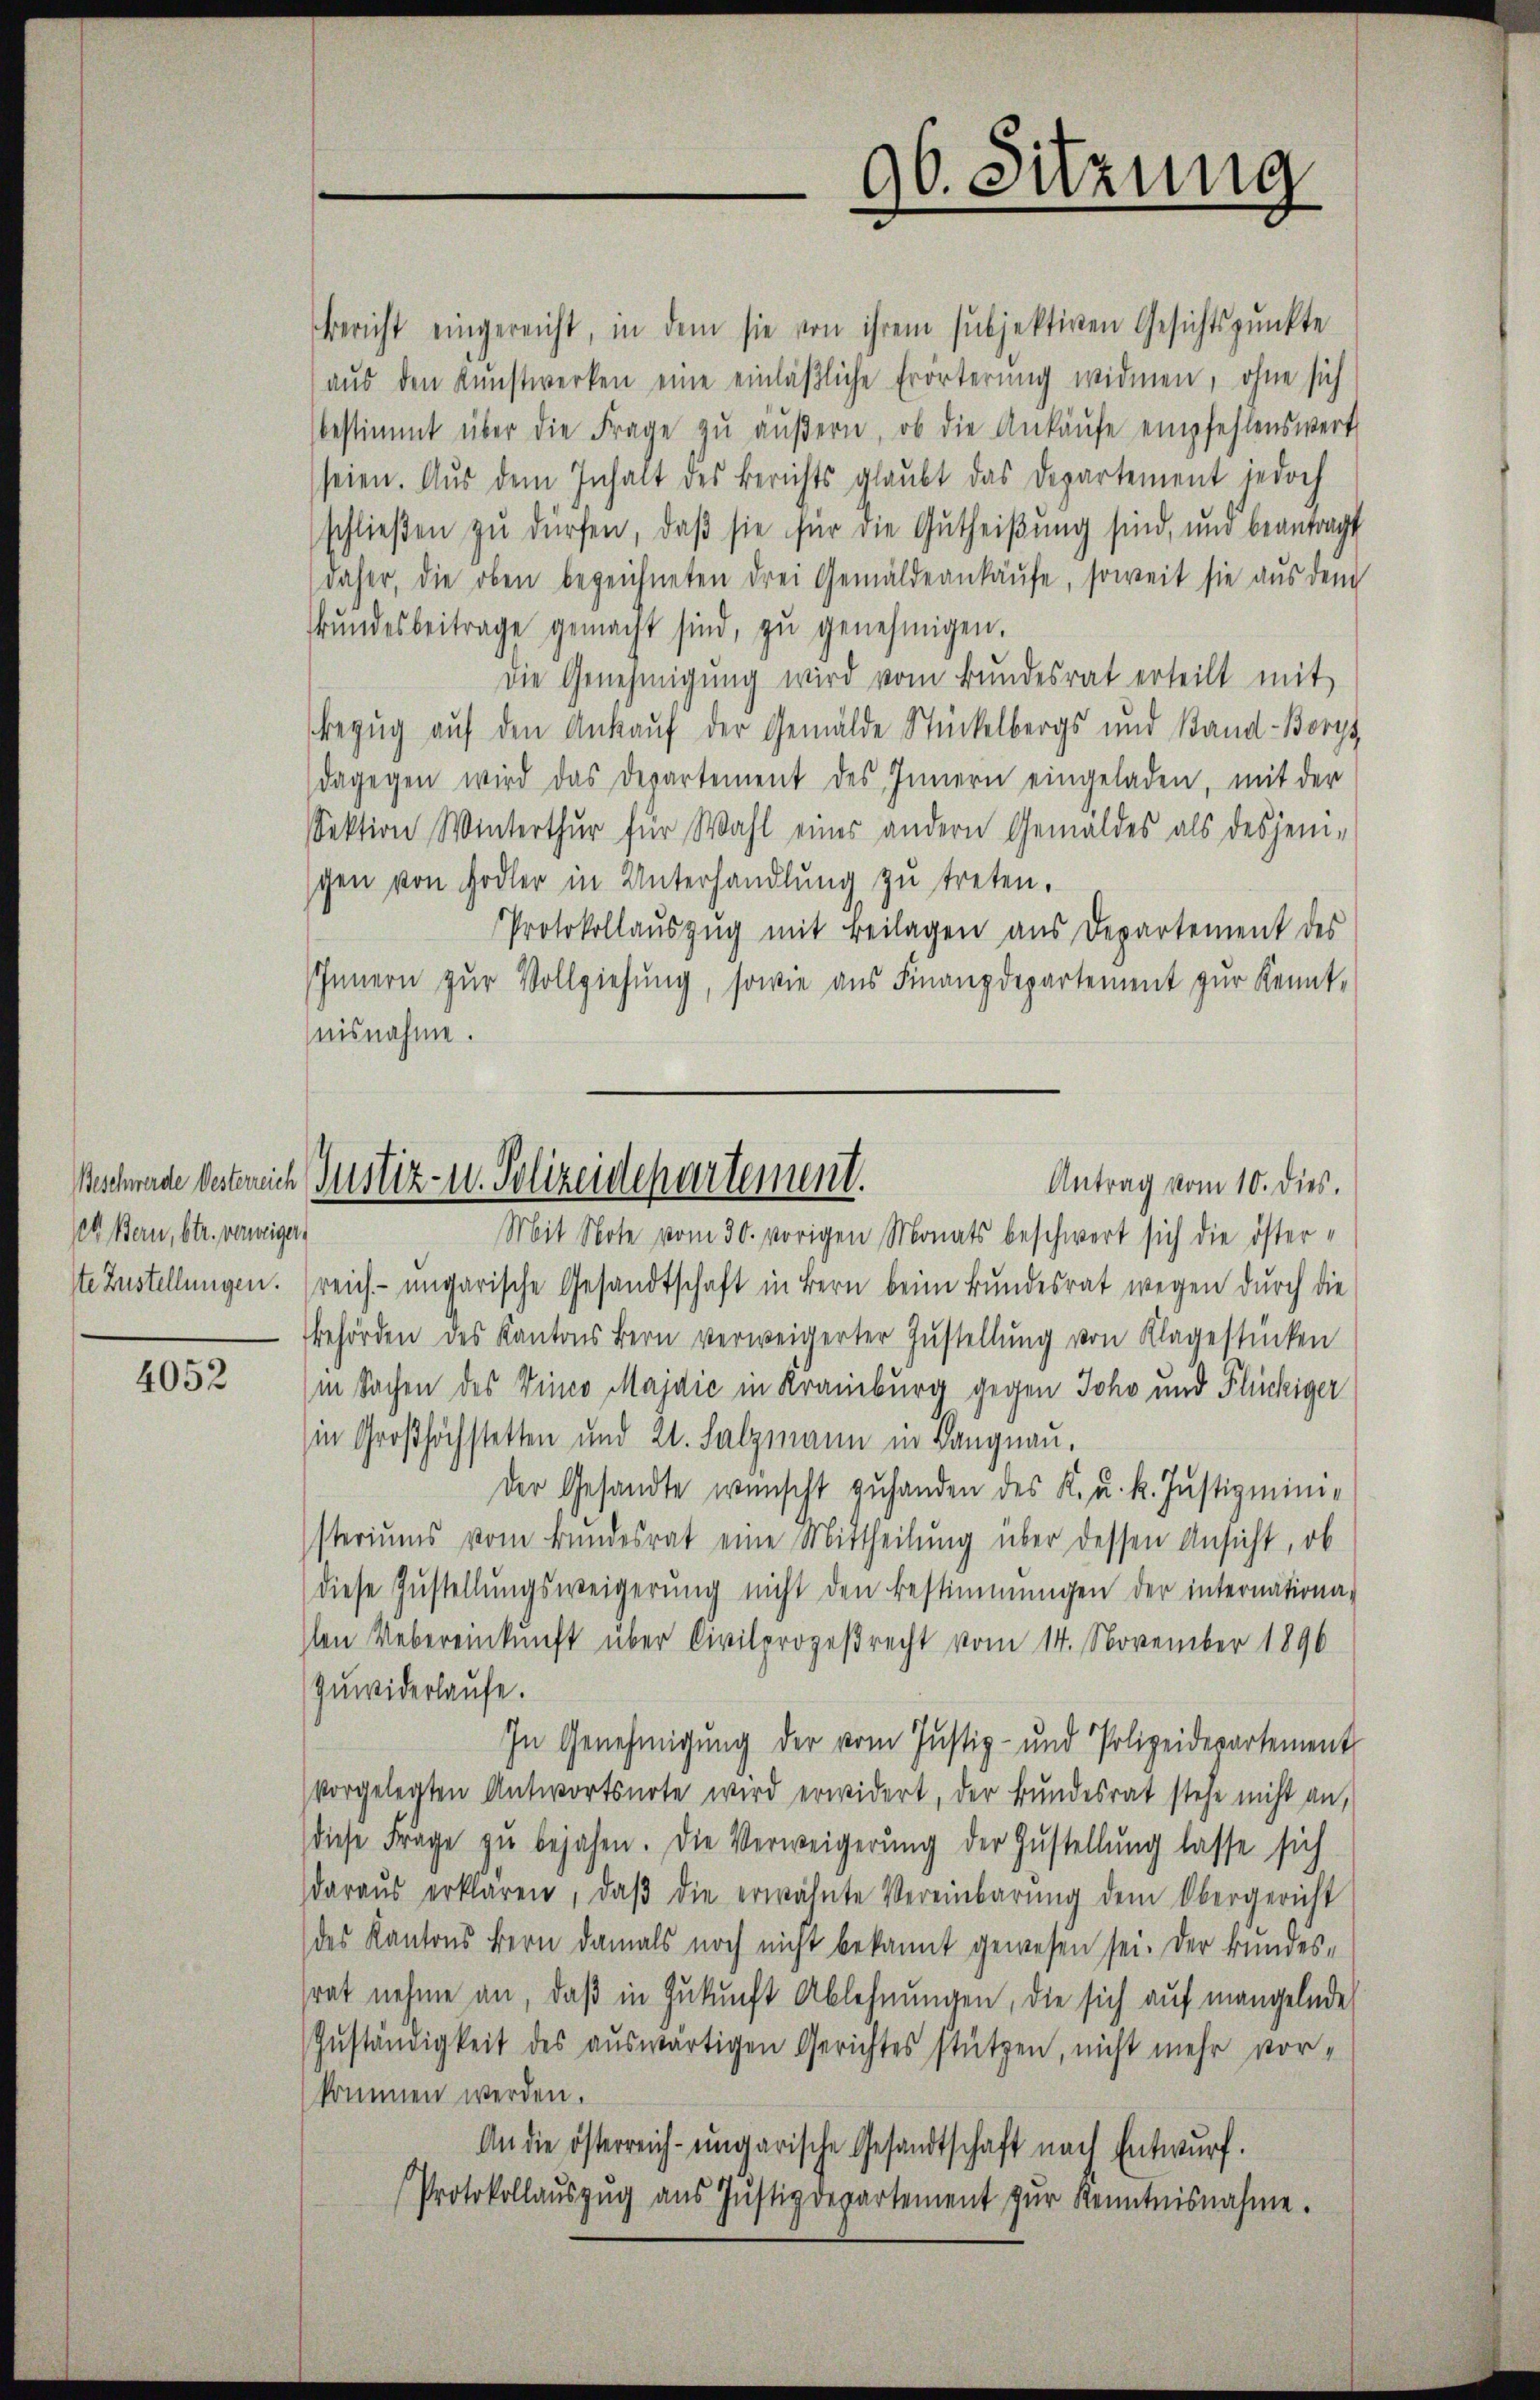
et Bern, betr. verweiger,

4052

Bericht eingereicht, in dem sie von ihrem subjektiven Gesichtspunkte
aŭs den Kŭnstwerken eine einläßliche Erörterŭng widmen, ohne sich
bestimmt über die Frage zŭ äŭβern, ob die Ankaŭfe empfehlenswert
seien. Aus dem Inhalt des Berichts glaubt das Departement jedoch
schließen zu dürfen, daß sie für die Gutheißung sind, und beantragt
daher, die oben bezeichneten drei Gemäldeankäufe, soweit sie aus dem
ŭndesbeitrage gemacht sind, zŭ genehmigen.
Die Genehmigŭng wird vom Bŭndesrat erteilt mit
Bezug auf den Ankauf der Gemälde Stückelbergs und Stand-Borys
dagegen wird das Departement des Innern eingeladen, mit der
Sektion Winterthur für Wahl eines andern Gemäldes als desjeni-
schen von Hodler in Unterhandlung zu treten.
Protokollaŭszŭg mit Beilagen aus Departement des
Innern zŭr Vollziehung, sowie aus Finanzdepartement zŭr Kennt-
nisnahme.
Mit Note vom 30. vorigen Monats beschwert sich die österste Zustellungen. (reich ungarische Gesandtschaft in Bern beim Bundesrat wegen durch die
behörden des Kantons Bern verweigerter Zŭstellŭng von Klagestücken
in Sachen des Vinco Majdić in Kramburg gegen Joha und Flückiger
in Großhöchstetten und 21. Salzmann in Langnau.
der Gesandte wünscht zuhanden des K. u. k. Justizministeriums vom Bundesrat eine Mittheilung über dessen Ansicht, ob
diese Zŭstellŭngsweigerŭng nicht den Bestimmungen der internationa-
Ien Uebereinkunft über Civilprozeßrecht vom 14. November 1896
Zuwiderlaufe.
In Genehmigung der vom Justiz- und Polizeidepartement
vorgelegten Antwortsnote wird erwidert, der Bundesrat stehe nicht an,
diese Frage zŭ bejahen. Die Verweigerung der Zustellung lasse sich
daraŭs erklären, daβ die erwähnte Vereinbarŭng dem Obergericht
des Kantons Bern damals noch nicht bekannt gewesen sei. Der Bundessrat nehme an, daß in Zukunft Ablehnungen, die sich auf mangelnde
Zuständigkeit des auswärtigen Gerichtes stützen, nicht mehr vorkommen werden.
An die österreich-ungarische Gesandtschaft nach Entwŭrf.
Protokollaŭszŭg aŭs Jŭstizdepartement zŭr Kenntnisnahme.

96. Sitzung

Beschade Oestereich Justiz- u. Polizeidchartement.
Antrag vom 10. dies.